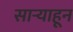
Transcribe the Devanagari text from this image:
साऱ्याहून